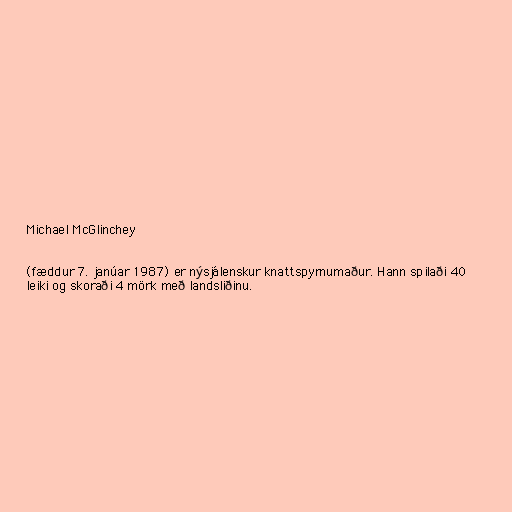
Michael McGlinchey

(fæddur 7. janúar 1987) er nýsjálenskur knattspyrnumaður. Hann spilaði 40
leiki og skoraði 4 mörk með landsliðinu.